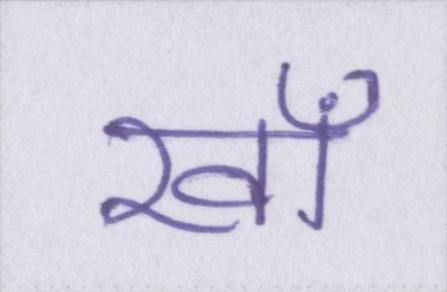
खाँ